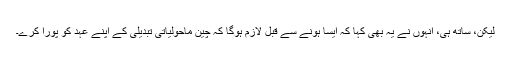
لیکن، ساتھ ہی، انہوں نے یہ بھی کہا کہ ایسا ہونے سے قبل لازم ہوگا کہ چین ماحولیاتی تبدیلی کے اپنے عہد کو پورا کرے۔